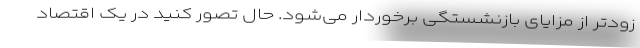
زودتر از مزایای بازنشستگی برخوردار می‌شود. حال تصور کنید در یک اقتصاد